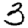
Digit: 3